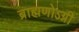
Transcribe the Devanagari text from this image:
ब्राह्मणोऽग्नी